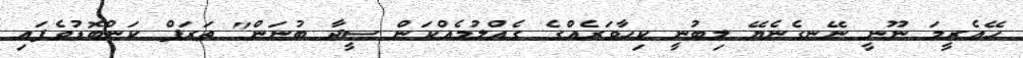
ހޭއެރީމަ ނޫނީ ނޭނގެނެޔޭ ލިބުނީ ކިހާވަރެއްގެ ގެއްލުމެއްކަން ސީދާ ބުނަން" ތަރަފް ކަންބޮޑުވެފައި